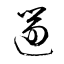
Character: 遄